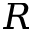
R